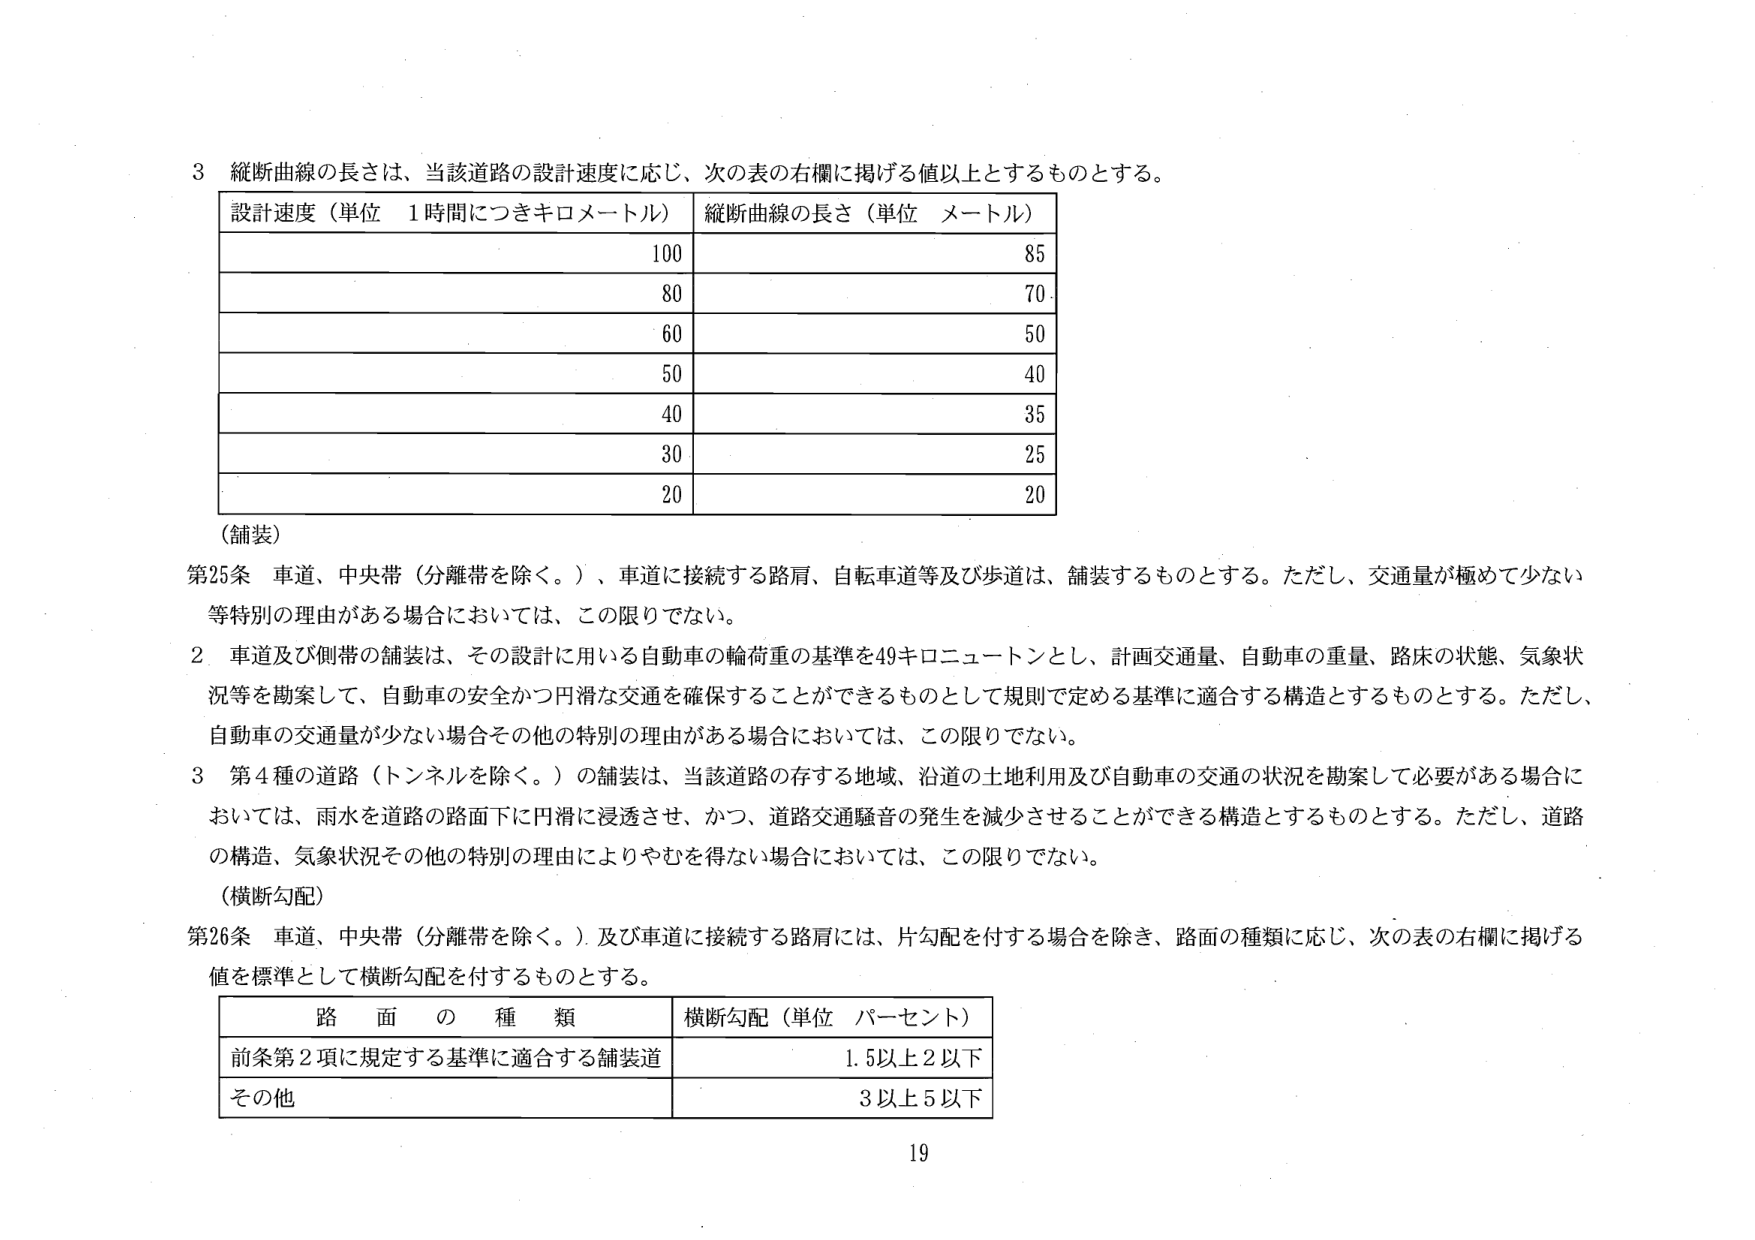
3 縦断曲線の長さは、当該道路の設計速度に応じ、次の表の右欄に掲げる値以上とするものとする。

設計速度（単位 1時間につきキロメートル） 縦断曲線の長さ（単位 メートル）
100 85
80 70
60 50
50 40
40 35
30 25
20 20

（舗装）

第25条 車道、中央帯（分離帯を除く。）、車道に接続する路肩、自転車道等及び歩道は、舗装するものとする。ただし、交通量が極めて少ない等特別の理由がある場合においては、この限りでない。

2 車道及び側帯の舗装は、その設計に用いる自動車の輪荷重の基準を49キロニュートンとし、計画交通量、自動車の重量、路床の状態、気象状況等を勘案して、自動車の安全かつ円滑な交通を確保することができるものとして規則で定める基準に適合する構造とするものとする。ただし、自動車の交通量が少ない場合その他の特別の理由がある場合においては、この限りでない。

3 第4種の道路（トンネルを除く。）の舗装は、当該道路の存する地域、沿道の土地利用及び自動車の交通の状況を勘案して必要がある場合においては、雨水を道路の路面下に円滑に浸透させ、かつ、道路交通騒音の発生を減少させることができる構造とするものとする。ただし、道路の構造、気象状況その他の特別の理由によりやむを得ない場合においては、この限りでない。

（横断勾配）

第26条 車道、中央帯（分離帯を除く。）及び車道に接続する路肩には、片勾配を付する場合を除き、路面の種類に応じ、次の表の右欄に掲げる値を標準として横断勾配を付するものとする。

路面の種類 横断勾配（単位 パーセント）
前条第2項に規定する基準に適合する舗装道 1.5以上2以下
その他 3以上5以下

19